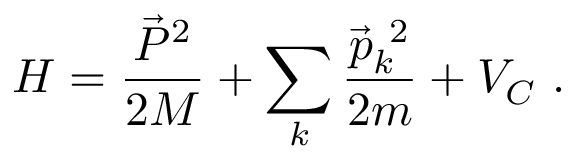
H = \frac { \vec { P } ^ { 2 } } { 2 M } + \sum _ { k } \frac { \vec { p } _ { k } ^ { \ 2 } } { 2 m } + V _ { C } \ .